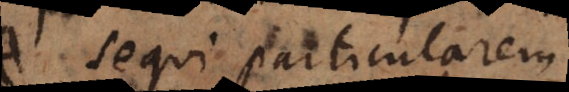
sequi particularem